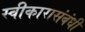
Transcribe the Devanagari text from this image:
स्वीकारासंबंधी